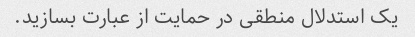
یک استدلال منطقی در حمایت از عبارت بسازید.